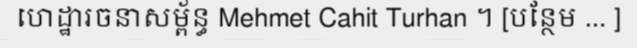
ហេដ្ឋារចនាសម្ព័ន្ធ Mehmet Cahit Turhan ។ [បន្ថែម ... ]